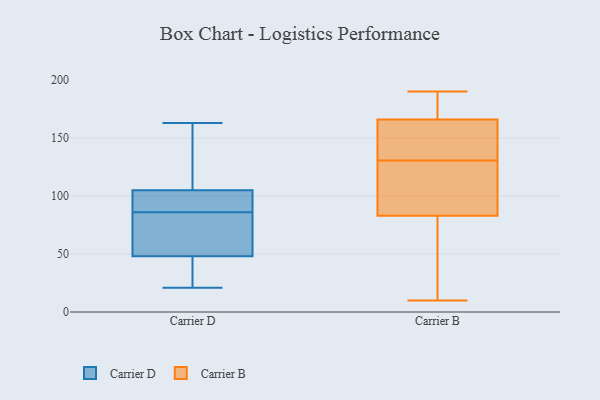
{"axis": {"x": "LTV (USD)", "y": "Value"}, "legend": ["Carrier B", "Carrier D"], "data": [{"x": "", "y": 163, "type": "Carrier D"}, {"x": "", "y": 161, "type": "Carrier D"}, {"x": "", "y": 105, "type": "Carrier D"}, {"x": "", "y": 44, "type": "Carrier D"}, {"x": "", "y": 48, "type": "Carrier D"}, {"x": "", "y": 107, "type": "Carrier D"}, {"x": "", "y": 74, "type": "Carrier D"}, {"x": "", "y": 21, "type": "Carrier D"}, {"x": "", "y": 92, "type": "Carrier D"}, {"x": "", "y": 99, "type": "Carrier D"}, {"x": "", "y": 54, "type": "Carrier D"}, {"x": "", "y": 91, "type": "Carrier D"}, {"x": "", "y": 46, "type": "Carrier D"}, {"x": "", "y": 81, "type": "Carrier D"}, {"x": "", "y": 180, "type": "Carrier B"}, {"x": "", "y": 111, "type": "Carrier B"}, {"x": "", "y": 83, "type": "Carrier B"}, {"x": "", "y": 190, "type": "Carrier B"}, {"x": "", "y": 103, "type": "Carrier B"}, {"x": "", "y": 176, "type": "Carrier B"}, {"x": "", "y": 11, "type": "Carrier B"}, {"x": "", "y": 76, "type": "Carrier B"}, {"x": "", "y": 166, "type": "Carrier B"}, {"x": "", "y": 153, "type": "Carrier B"}, {"x": "", "y": 91, "type": "Carrier B"}, {"x": "", "y": 150, "type": "Carrier B"}, {"x": "", "y": 153, "type": "Carrier B"}, {"x": "", "y": 10, "type": "Carrier B"}]}